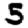
Digit: 5